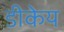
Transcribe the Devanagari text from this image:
डीकेय